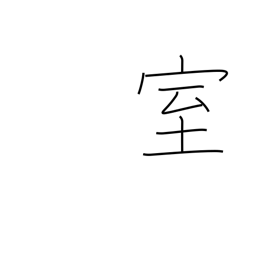
Meaning: apartment